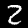
Digit: 2